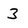
Character: 3